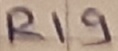
Text: R19